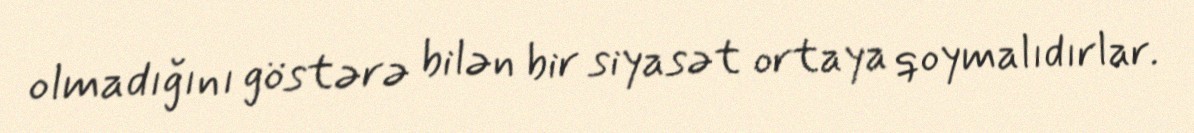
olmadığını göstərə bilən bir siyasət ortaya qoymalıdırlar.